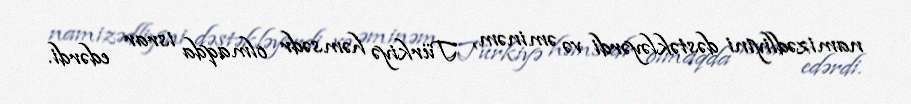
namizədliyini dəstəkləyərdi və əminəm, Türkiyə həmsədr olmaqda israr edərdi.